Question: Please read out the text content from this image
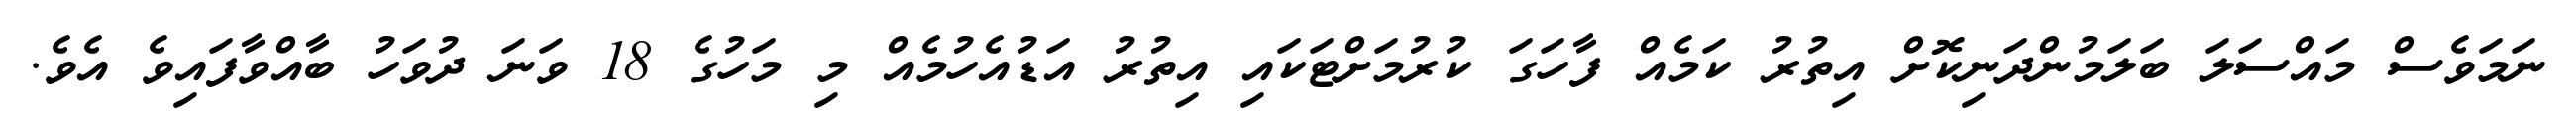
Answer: ނަމަވެސް މައްސަލަ ބަލަމުންދަނިކޮށް އިތުރު ކަމެއް ފާހަގަ ކުރުމަށްޓަކައި އިތުރު އަޑުއެހުމެއް މި މަހުގެ 18 ވަނަ ދުވަހު ބާއްވާފައިވެ އެވެ.